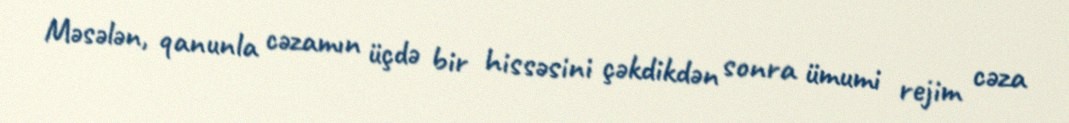
Məsələn, qanunla cəzamın üçdə bir hissəsini çəkdikdən sonra ümumi rejim cəza